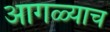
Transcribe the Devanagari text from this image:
आगळ्याच